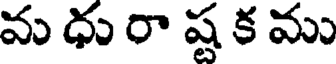
మ ధు రా ష్ట క ము